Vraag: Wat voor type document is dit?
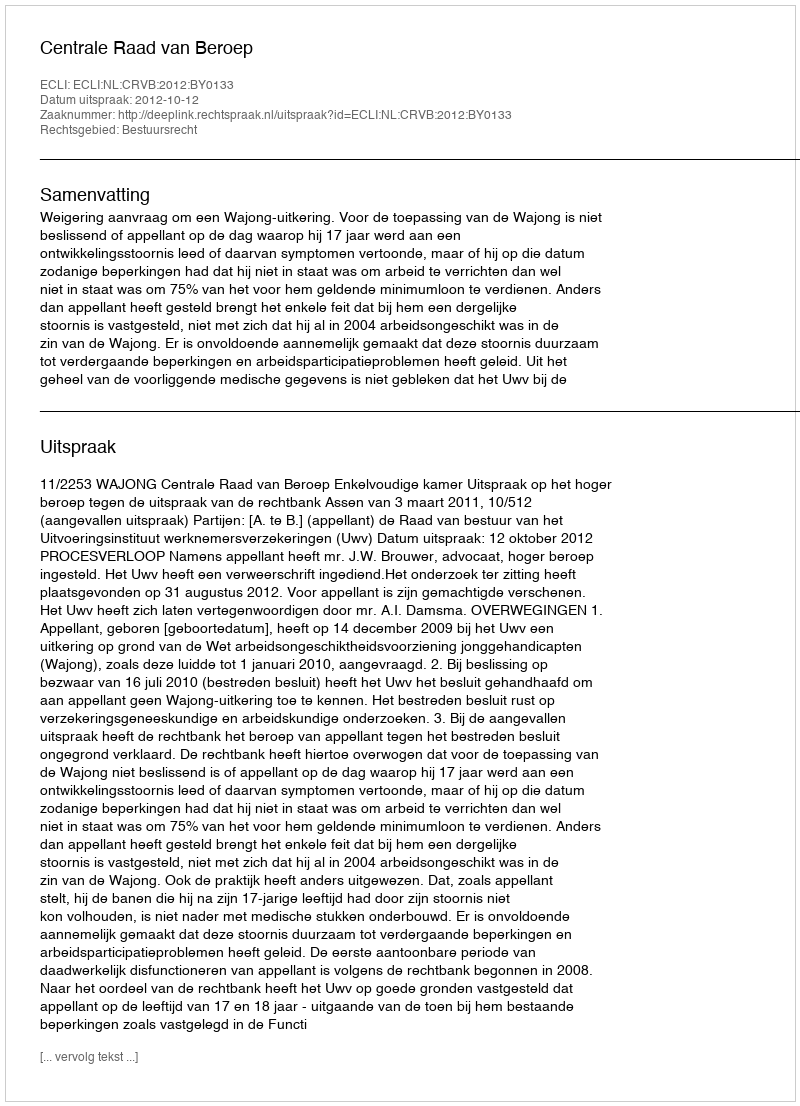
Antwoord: Uitspraak